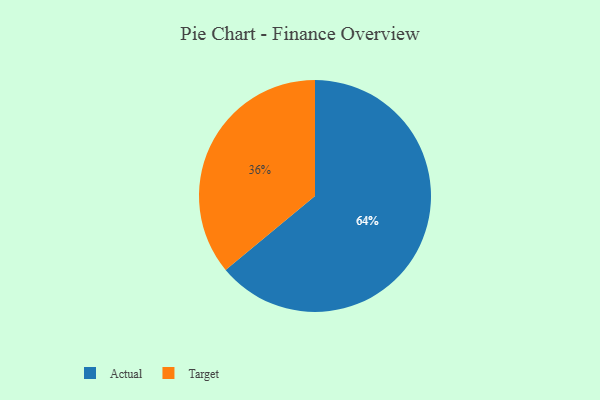
{"axis": {"x": "Category", "y": "Percentage"}, "legend": ["Actual", "Target"], "data": [{"x": "Target", "y": 36, "type": "Target"}, {"x": "Actual", "y": 64, "type": "Actual"}]}